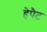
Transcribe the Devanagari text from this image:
हेपैट